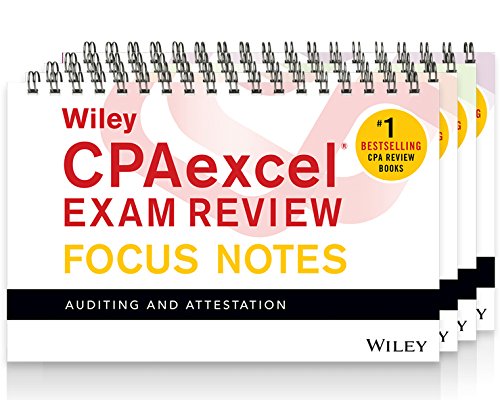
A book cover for Wiley CPAexcel Exam Review 2016 Focus Notes Set; Wiley; Test Preparation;